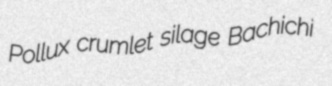
Pollux crumlet silage Bachichi